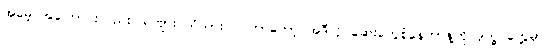
အမေ့ အကြောင်းလည်း ခင်ဗျား သိသားပဲ။ ကြာတော့ အဲဒီလို ဆေးတွေစုံနေတာနဲ့ကို ဒုက္ခ တွေ့မှာ